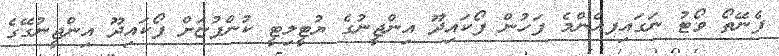
ފެނޭތޯ ވޯޓު ނަގައިފއެންމެ ފަހުން ފޯކައިދޫ އިންޖީނުގެ ޔުޓީލިޓީ ކުންފުޏަށް ފޯކައިދޫ އިންޖީނުގޭގެ